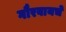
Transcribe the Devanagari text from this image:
गौरवायचे